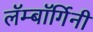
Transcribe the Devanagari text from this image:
लॅम्बॉर्गिनी